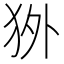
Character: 𰡇